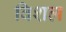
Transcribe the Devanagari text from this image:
विशल